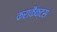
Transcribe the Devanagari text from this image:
कराकैक्टस